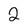
Character: 2